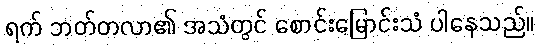
ရက် ဘတ်တလာ၏ အသံတွင် စောင်းမြောင်းသံ ပါနေသည်။